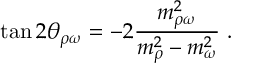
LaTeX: \tan 2 \theta _ { \rho \omega } = - 2 \frac { m _ { \rho \omega } ^ { 2 } } { m _ { \rho } ^ { 2 } - m _ { \omega } ^ { 2 } } ~ .